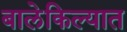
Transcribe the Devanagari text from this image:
बालेकिल्यात